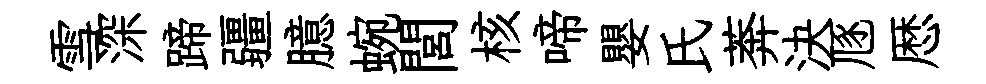
雪深蹄疆臆蜿閭核啼嬰氏莾決豗厯